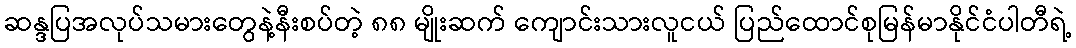
ဆန္ဒပြအလုပ်သမားတွေနဲ့နီးစပ်တဲ့ ၈၈ မျိုးဆက် ကျောင်းသားလူငယ် ပြည်ထောင်စုမြန်မာနိုင်ငံပါတီရဲ့